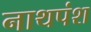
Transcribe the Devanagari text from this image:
नाथपंश